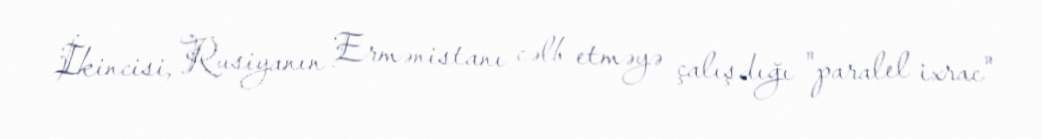
İkincisi, Rusiyanın Ermənistanı cəlb etməyə çalışdığı "paralel ixrac"